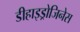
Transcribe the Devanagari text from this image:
डीहाइड्रोजिनेस